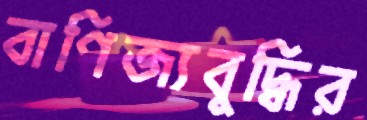
বাণিজ্যবুদ্ধির